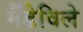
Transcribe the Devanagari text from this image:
मैंडेविले